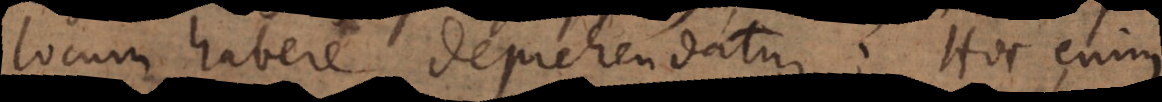
locum habere deprehendatur. Hoc enim